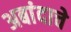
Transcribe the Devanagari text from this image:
अबांदाचे